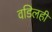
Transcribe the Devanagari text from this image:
वडिलही